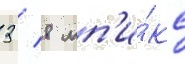
3 / 8 мп'и́кс